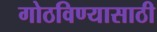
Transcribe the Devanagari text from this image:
गोठविण्यासाठी